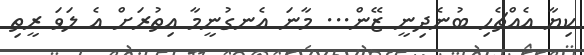
ކިޔާ އެއްޗެހި ބުނެދިނީ ޒޭން... މާނަ އެނގުނީމާ އިތުރަށް އެ ލަވަ ރީތި